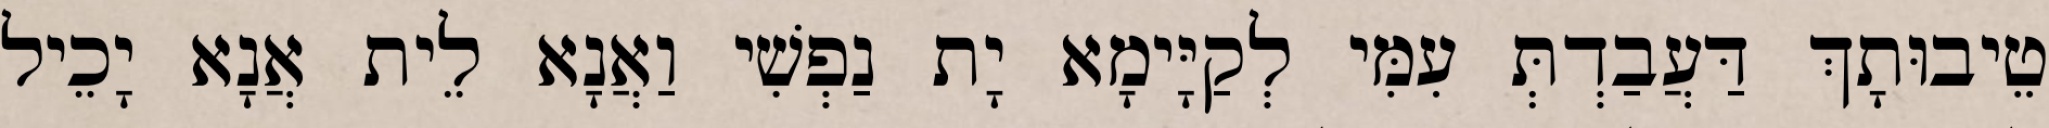
טֵיבוּתָךְ דַּעֲבַדְתְּ עִמִּי לְקַיָּימָא יָת נַפְשִׁי וַאֲנָא לֵית אֲנָא יָכֵיל